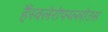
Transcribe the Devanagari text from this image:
हैंस्क्लेरोफ्य्ल्लोउस